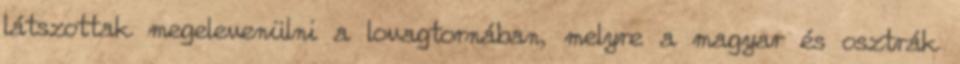
látszottak megelevenülni a lovagtornában, melyre a magyar és osztrák